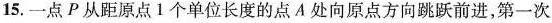
15.一点P从距原点1个单位长度的点A处向原点方向跳跃前进，第一次